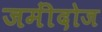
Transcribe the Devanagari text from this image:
जमींदोज